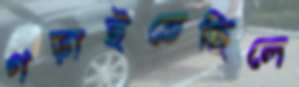
গড়াইতেছিলে